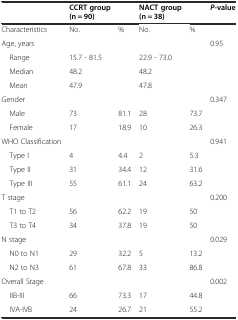
<table><thead><tr><td></td><td><b>CCRT group (n = 90)</b></td><td></td><td><b>NACT group (n = 38)</b></td><td></td><td><b><i>P</i>-value</b></td></tr></thead><tbody><tr><td>Characteristics</td><td>No.</td><td>%</td><td>No.</td><td>%</td><td></td></tr><tr><td>Age, years</td><td></td><td></td><td></td><td></td><td>0.95</td></tr><tr><td> Range</td><td>15.7 - 81.5</td><td></td><td>22.9 - 73.0</td><td></td><td></td></tr><tr><td> Median</td><td>48.2</td><td></td><td>48.2</td><td></td><td></td></tr><tr><td> Mean</td><td>47.9</td><td></td><td>47.8</td><td></td><td></td></tr><tr><td>Gender</td><td></td><td></td><td></td><td></td><td>0.347</td></tr><tr><td> Male</td><td>73</td><td>81.1</td><td>28</td><td>73.7</td><td></td></tr><tr><td> Female</td><td>17</td><td>18.9</td><td>10</td><td>26.3</td><td></td></tr><tr><td>WHO Classification</td><td></td><td></td><td></td><td></td><td>0.941</td></tr><tr><td> Type I</td><td>4</td><td>4.4</td><td>2</td><td>5.3</td><td></td></tr><tr><td> Type II</td><td>31</td><td>34.4</td><td>12</td><td>31.6</td><td></td></tr><tr><td> Type III</td><td>55</td><td>61.1</td><td>24</td><td>63.2</td><td></td></tr><tr><td>T stage</td><td></td><td></td><td></td><td></td><td>0.200</td></tr><tr><td> T1 to T2</td><td>56</td><td>62.2</td><td>19</td><td>50</td><td></td></tr><tr><td> T3 to T4</td><td>34</td><td>37.8</td><td>19</td><td>50</td><td></td></tr><tr><td>N stage</td><td></td><td></td><td></td><td></td><td>0.029</td></tr><tr><td> N0 to N1</td><td>29</td><td>32.2</td><td>5</td><td>13.2</td><td></td></tr><tr><td> N2 to N3</td><td>61</td><td>67.8</td><td>33</td><td>86.8</td><td></td></tr><tr><td>Overall Stage</td><td></td><td></td><td></td><td></td><td>0.002</td></tr><tr><td> IIB-III</td><td>66</td><td>73.3</td><td>17</td><td>44.8</td><td></td></tr><tr><td> IVA-IVB</td><td>24</td><td>26.7</td><td>21</td><td>55.2</td><td></td></tr></tbody></table>